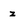
Character: z